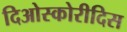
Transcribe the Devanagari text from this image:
दिओस्कोरीदिस